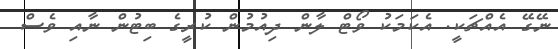
ނޭގޭ އެއްޗަކީ. އެކަަމަކު ވޯޓް ލާން ދިއުމުން ކުރީގެ ބިޓުން ނާއި ވެސް